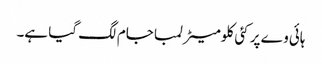
ہائی وے پر کئی کلومیٹر لمبا جام لگ گیا ہے۔